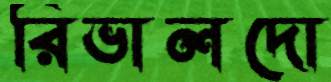
রিভালদো